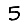
Digit: 5